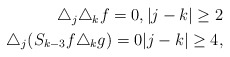
\begin{align*}\aligned \triangle_j\triangle_k f= 0, |j-k|\geq 2\\ \triangle_j (S_{k-3}f\triangle_{k}g)= 0 |j-k|\geq 4,\endaligned\end{align*}